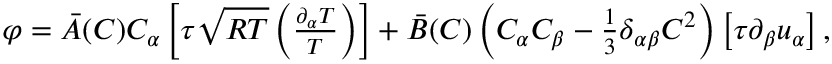
\begin{array} { r } { \varphi = \bar { A } ( C ) C _ { \alpha } \left[ \tau \sqrt { R T } \left( \frac { \partial _ { \alpha } T } { T } \right) \right] + \bar { B } ( C ) \left( C _ { \alpha } C _ { \beta } - \frac { 1 } { 3 } \delta _ { \alpha \beta } C ^ { 2 } \right) \left[ \tau \partial _ { \beta } u _ { \alpha } \right] , } \end{array}